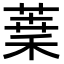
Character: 𦶫